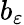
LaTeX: b_{\varepsilon}